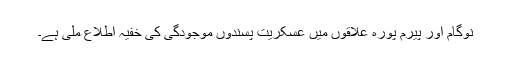
نوگام اور پیرم پورہ علاقوں میں عسکریت پسندوں موجودگی کی خفیہ اطلاع ملی ہے۔